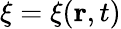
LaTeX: {\mathbf\xi}={\mathbf\xi}({\mathbf r},t)